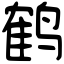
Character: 鹤